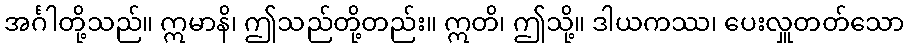
အင်္ဂါတို့သည်။ ဣမာနိ၊ ဤသည်တို့တည်း။ ဣတိ၊ ဤသို့။ ဒါယကဿ၊ ပေးလှူတတ်သော